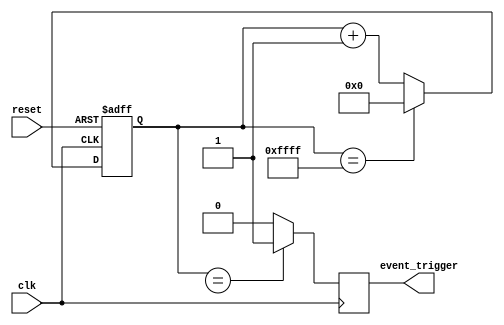
module event_timer(
    input wire clk,
    input wire reset,
    output reg event_trigger
);

reg [15:0] counter;

always @(posedge clk or posedge reset) begin
    if (reset)
        counter <= 16'h0;
    else begin
        if (counter == 16'hFFFF)
            counter <= 16'h0;
        else
            counter <= counter + 1;
    end
end

always @(posedge clk) begin
    if (counter == {specific_time_interval_here}) // replace with specific time interval value
        event_trigger <= 1'b1;
    else
        event_trigger <= 1'b0;
end

endmodule